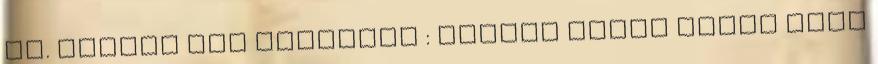
Mr. Picker sem tudhatta : Nekünk amúgy sztem arra